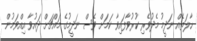
ހާލަތެއް ނަދީމު މެދުވެރި ކުރުވާފައިވާ ކަމަށް ވެސް ނަދީމުގެ މައްޗަށް ދައުވާ އިއްވަމުން